Vaccination North-Western Provinces 1866-1877 - 1866-1877
Year: 1866
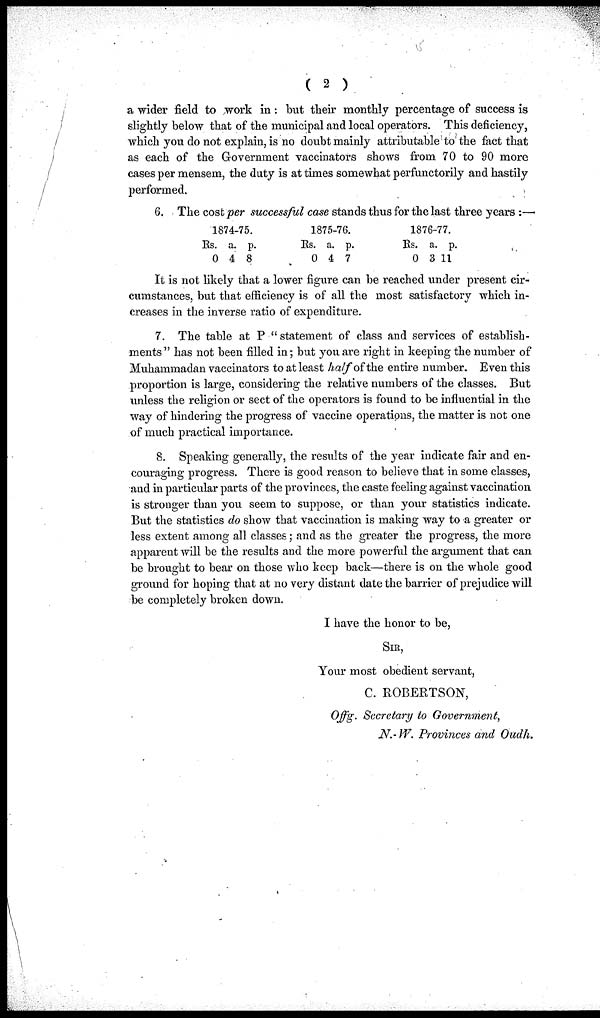
( 2 )
a wider field to work in: but their monthly percentage of success is
slightly below that of the municipal and local operators. This deficiency,
which you do not explain, is no doubt mainly attributable to the fact that
as each of the Government vaccinators shows from 70 to 90 more
cases per mensem, the duty is at times somewhat perfunctorily and hastily
performed.
6. The cost per successful case stands thus for the last three years :—
1874-75.
Rs.
0
a.
4
p.
8
1875-76.
Rs.
0
a.
4
p.
7
1876-77.
Rs.
0
a.
3
p.
11
It is not likely that a lower figure can be reached under present cir-
cumstances, but that efficiency is of all the most satisfactory which in-
creases in the inverse ratio of expenditure.
7. The table at P "statement of class and services of establish-
ments" has not been filled in; but you are right in keeping the number of
Muhammadan vaccinators to at least half of the entire number. Even this
proportion is large, considering the relative numbers of the classes. But
unless the religion or sect of the operators is found to be influential in the
way of hindering the progress of vaccine operations, the matter is not one
of much practical importance.
8. Speaking generally, the results of the year indicate fair and en-
couraging progress. There is good reason to believe that in some classes,
and in particular parts of the provinces, the caste feeling against vaccination
is stronger than you seem to suppose, or than your statistics indicate.
But the statistics do show that vaccination is making way to a greater or
less extent among all classes ; and as the greater the progress, the more
apparent will be the results and the more powerful the argument that can
be brought to bear on those who keep back—there is on the whole good
ground for hoping that at no very distant date the barrier of prejudice will
be completely broken down.
I have the honor to be,
SIR,
Your most obedient servant,
C. ROBERTSON,
Offg. Secretary to Government,
N.- W. Provinces and Oudh.